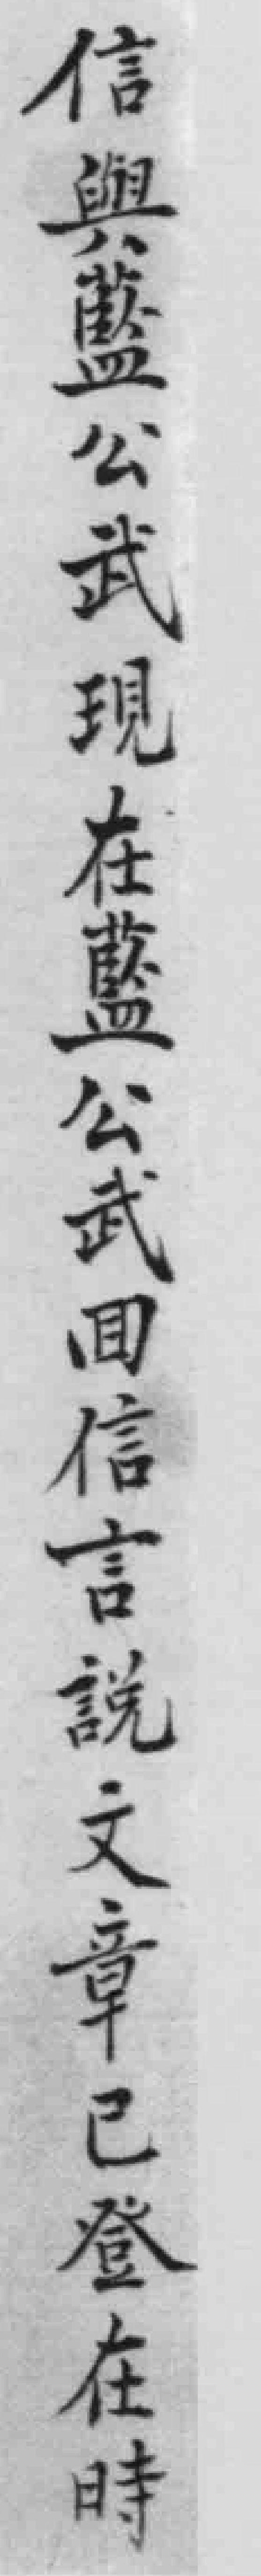
信興藍公武現在藍公武回信言說文章已登在時